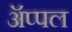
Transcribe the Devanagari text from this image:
ॲप्पल